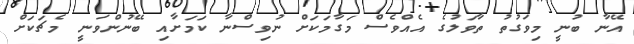
އޭނާ ބުނީ މިވަގުތު ތާވަލުގެ އެއްވެސް މަގާމަކަށް ނުވިސްނާ ކަމަށާއި ބޭނުންވަނީ މެޗަކަށް